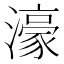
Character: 濠